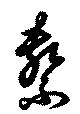
繋